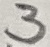
Text: 3